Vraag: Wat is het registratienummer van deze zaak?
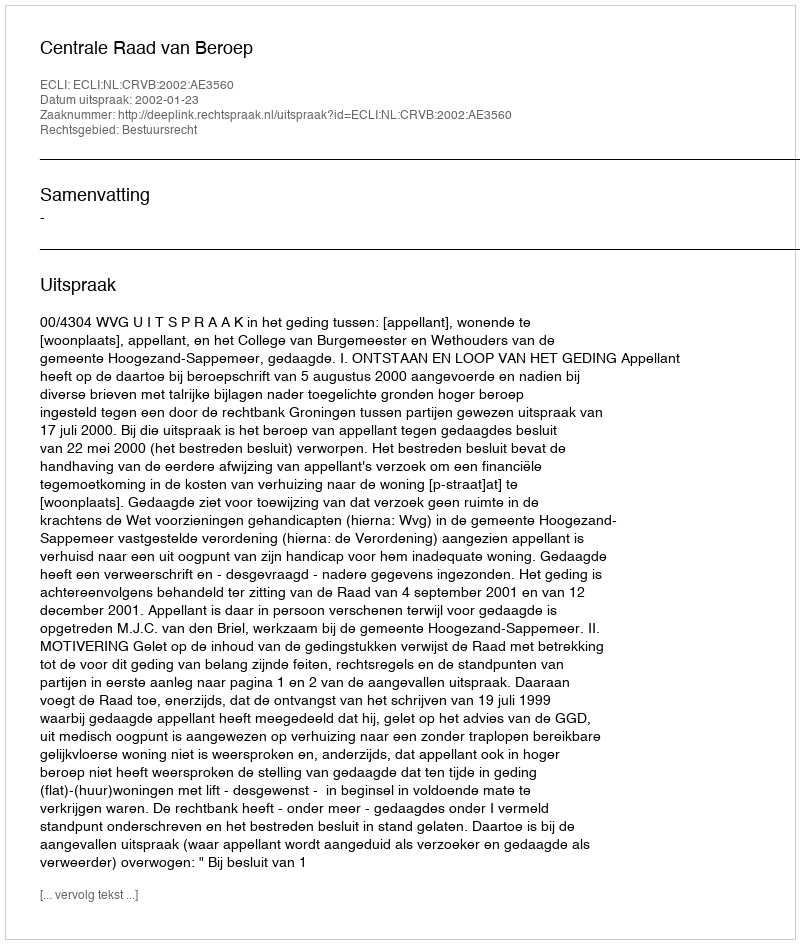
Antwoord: http://deeplink.rechtspraak.nl/uitspraak?id=ECLI:NL:CRVB:2002:AE3560